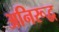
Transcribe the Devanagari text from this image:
अनिरूद्व